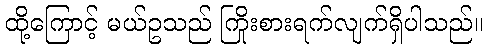
ထို့ကြောင့် မယ်ဥသည် ကြိုးစားရက်လျက်ရှိပါသည်။